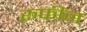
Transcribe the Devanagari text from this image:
रूफीज